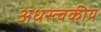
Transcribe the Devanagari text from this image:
अधस्त्वकीय